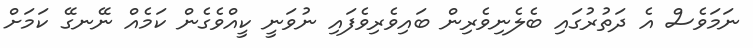
ނަމަވެސް އެ ދަތުރުގައި ބެލެނިވެރިން ބައިވެރިވެފައި ނުވަނީ ކީއްވެގެން ކަމެއް ނޭނގޭ ކަމަށް